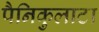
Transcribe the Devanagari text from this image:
पैनिकुलाटा